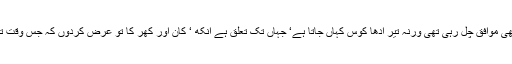
در اصل بادشاہ سلامت ایک پہاڑی کے اوپر کھڑے تھے اور ہرن بہت نیچے تھا‘ ہوا بھی موافق چل رہی تھی ورنہ تیر آدھا کوس کہاں جاتا ہے‘ جہاں تک تعلق ہے آنکھ ‘ کان اور کھر کا تو عرض کردوں کہ جس وقت تیر لگا ہرن دائیں کھر سے دایاں کان کھجا رہا تھا یوں یہ نا ممکن واقع وقوع پذیر ہوگیا۔